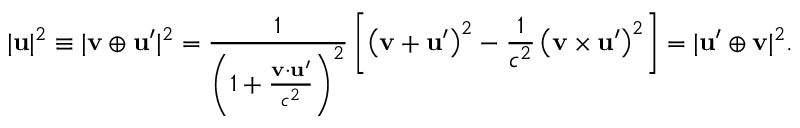
| \mathbf { u } | ^ { 2 } \equiv | \mathbf { v } \oplus \mathbf { u } ^ { \prime } | ^ { 2 } = { \frac { 1 } { \left( 1 + { \frac { \mathbf { v } \cdot \mathbf { u } ^ { \prime } } { c ^ { 2 } } } \right) ^ { 2 } } } \left[ \left( \mathbf { v } + \mathbf { u } ^ { \prime } \right) ^ { 2 } - { \frac { 1 } { c ^ { 2 } } } \left( \mathbf { v } \times \mathbf { u } ^ { \prime } \right) ^ { 2 } \right] = | \mathbf { u } ^ { \prime } \oplus \mathbf { v } | ^ { 2 } .